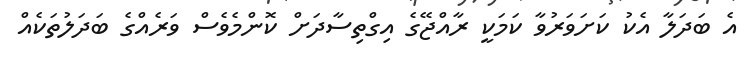
އެ ބަދަލާ އެކު ކަށަވަރުވާ ކަމަކީ ރާއްޖޭގެ އިގްތިސާދަށް ކޮންމެވެސް ވަރެއްގެ ބަދަލުތަކެއް